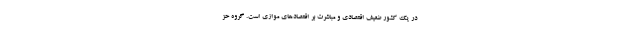
در یک کشور ضعیفِ اقتصادی و مباشرت بر اقتصادهای موازی است. گروه حز